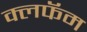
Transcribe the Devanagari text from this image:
क्लफॅम